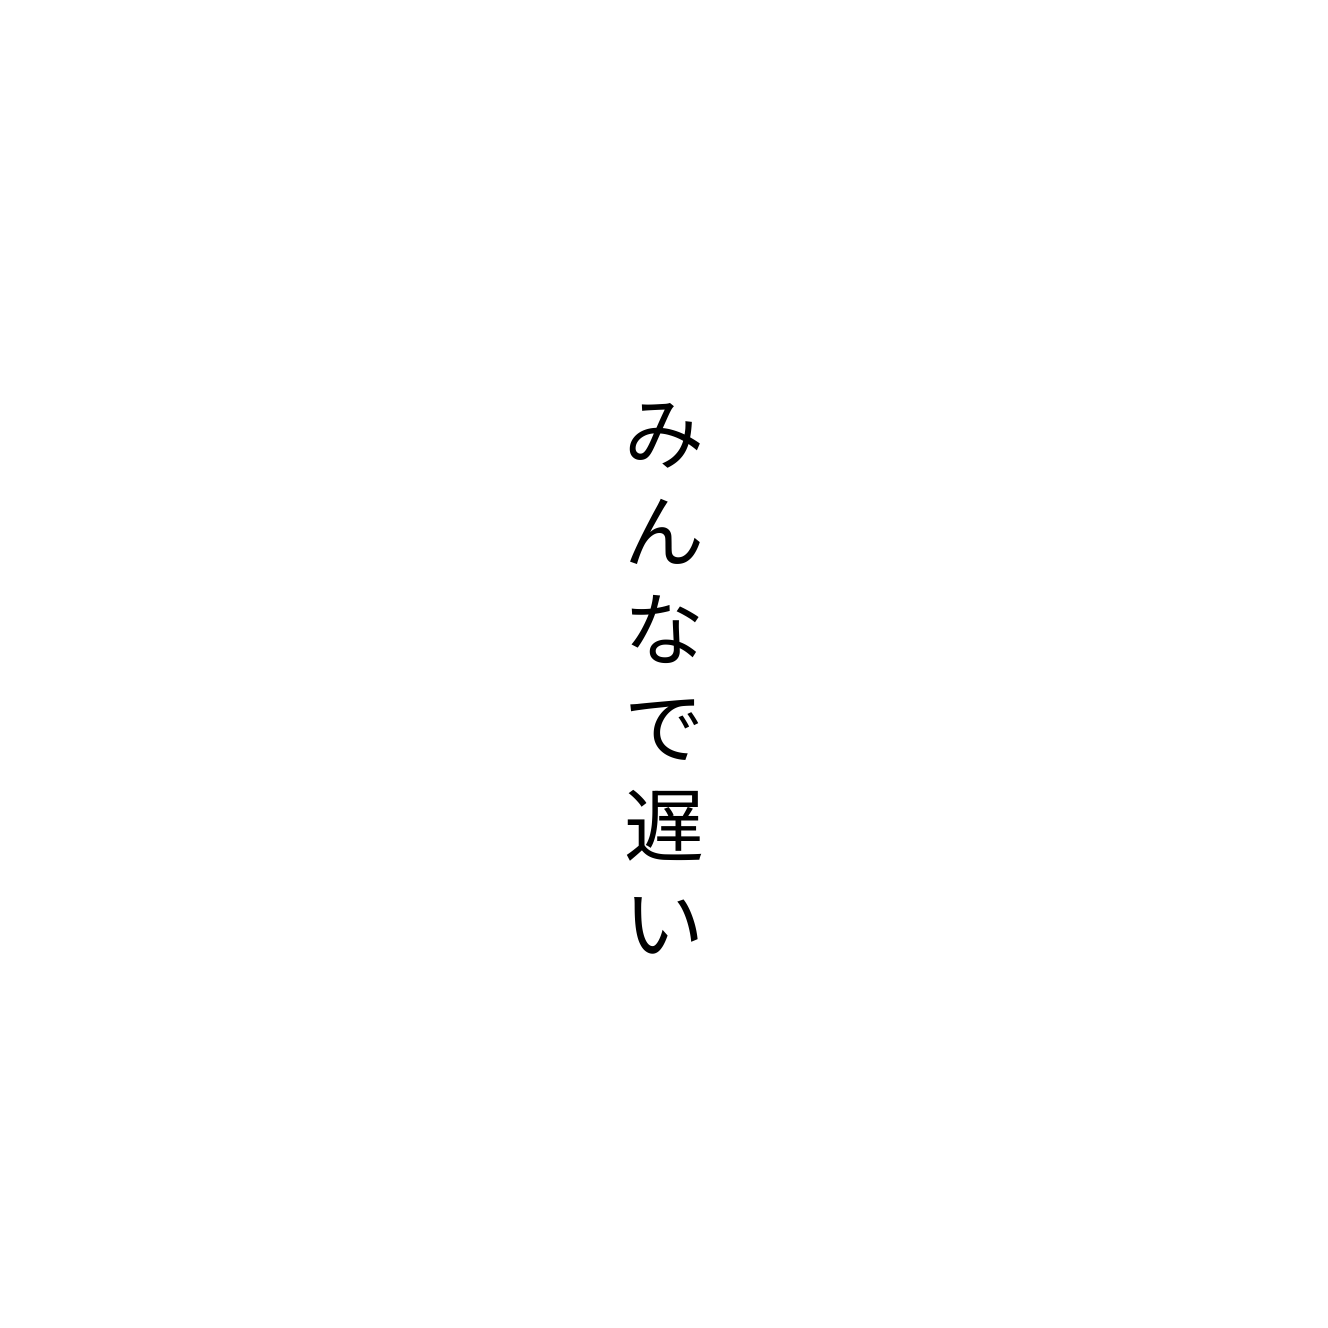
みんなで遅い